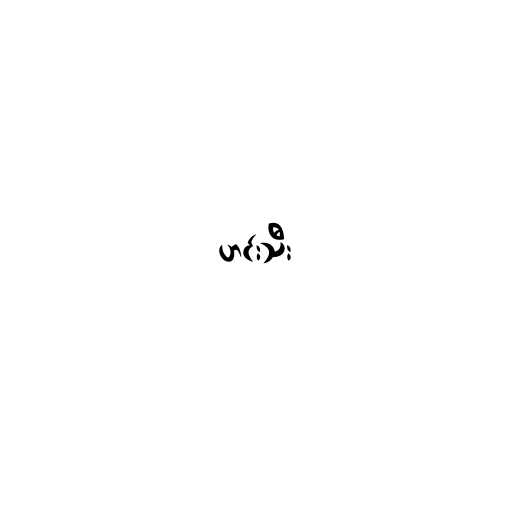
ဟင်းသီး